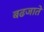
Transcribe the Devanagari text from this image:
बढजाते